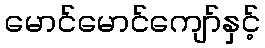
မောင်မောင်ကျော်နှင့်